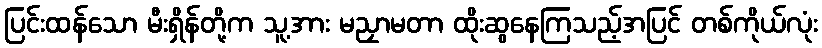
ပြင်းထန်သော မီးရှိန်တို့က သူ့အား မညှာမတာ ထိုးဆွနေကြသည့်အပြင် တစ်ကိုယ်လုံး